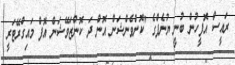
ރައީސް އޮފީހުން ބުނީ ޔުނެޕްގެ "ކޮންވެންޝަން އޮން ދަ ކޮންޒަވޭޝަން އޮފް މައިގްރޭޓަރީ